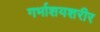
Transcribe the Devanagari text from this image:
गर्भाशयशरीर